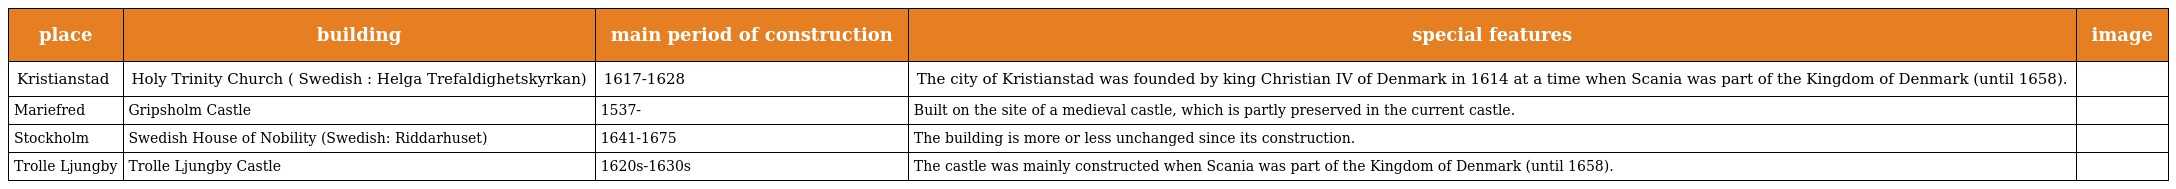
| place | building | main period of construction | special features | image |
 | --- | --- | --- | --- | --- |
 | Kristianstad | Holy Trinity Church ( Swedish : Helga Trefaldighetskyrkan) | 1617-1628 | The city of Kristianstad was founded by king Christian IV of Denmark in 1614 at a time when Scania was part of the Kingdom of Denmark (until 1658). |  |
 | Mariefred | Gripsholm Castle | 1537- | Built on the site of a medieval castle, which is partly preserved in the current castle. |  |
 | Stockholm | Swedish House of Nobility (Swedish: Riddarhuset) | 1641-1675 | The building is more or less unchanged since its construction. |  |
 | Trolle Ljungby | Trolle Ljungby Castle | 1620s-1630s | The castle was mainly constructed when Scania was part of the Kingdom of Denmark (until 1658). |  |